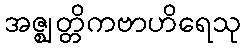
အဇ္ဈတ္တိကဗာဟိရေသု